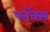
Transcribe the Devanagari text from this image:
फॉ़क्स